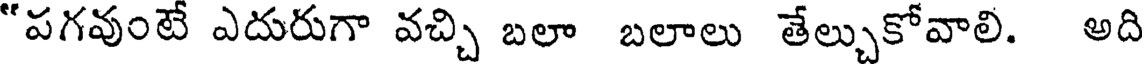
"పగవుంటే ఎదురుగా వచ్చి బలా బలాలు తేల్చుకోవాలి. అది